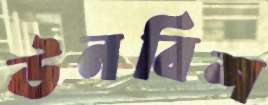
ঊনবিশ